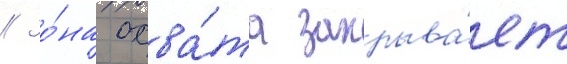
// Зо́на охва́та закрыва́ет